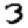
Digit: 3